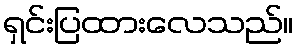
ရှင်းပြထားလေသည်။